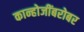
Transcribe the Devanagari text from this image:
कान्होजींबरोबर